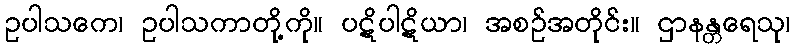
ဥပါသကေ၊ ဥပါသကာတို့ကို။ ပဋိပါဋိယာ၊ အစဉ်အတိုင်း။ ဌာနန္တရေသု၊